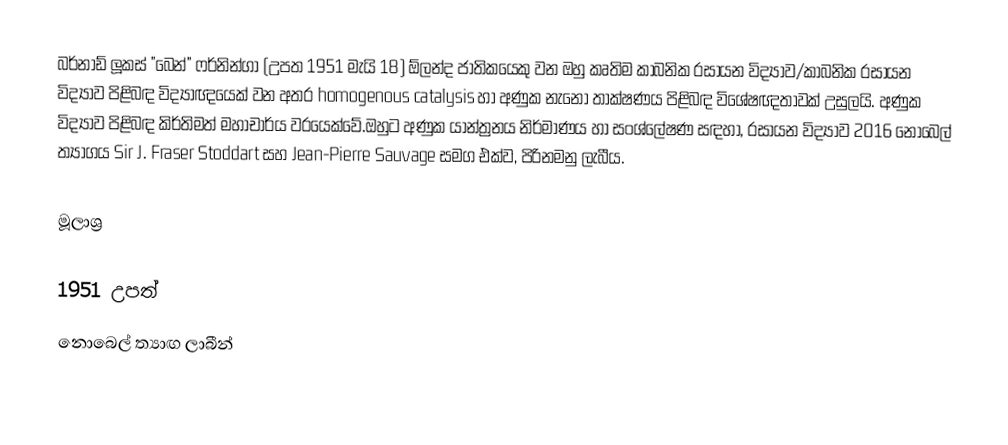
බර්නාඩ් ලූකස්  "බෙන්" ෆර්නින්ගා (උපත 1951 මැයි 18) ඕලන්ද  ජාතිකයෙකු වන ඔහු කෘතිම කාබනික රසායන විද්‍යාව/කාබනික රසායන විද්‍යාව පිළිබඳ විද්‍යාඥයෙක් වන අතර  homogenous catalysis හා අණුක නැනෝ තාක්ෂණය පිළිබඳ විශේෂඥතාවක් උසුලයි.  අණුක විද්‍යාව පිළිබඳ කිර්තිමත් මහාචාර්ය වරයෙක්වේ.ඔහුට අණුක යාන්ත්‍රනය නිර්මාණය හා සංශ්ලේෂණ සඳහා, රසායන විද්‍යාව 2016 නොබෙල් ත්‍යාගය Sir J. Fraser Stoddart සහ Jean-Pierre Sauvage සමග එක්ව, පිරිනමනු ලැබීය.

මූලාශ්‍ර

1951 උපත්
නොබෙල් ත්‍යාඟ ලාබීන්